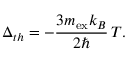
\Delta _ { t h } = - \frac { 3 m _ { \mathrm { e x } } k _ { B } } { 2 \hbar } \, T .